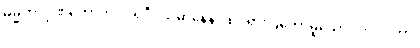
ဓမ္မတာဂုဏ်တော်ကို။ ပရိဒီပယမာနေန၊ ထင်ရှားပြတော်မူသော။ ဘဂဝတာ၊